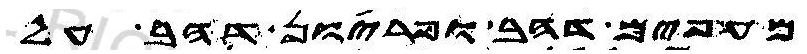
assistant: מעפים דהב ופריון דהב על